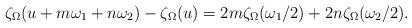
LaTeX: \begin{align*}\zeta _\Omega (u+m\omega _1+n\omega _2) - \zeta _\Omega (u)=2m\zeta _\Omega (\omega _1/2)+2n\zeta _\Omega (\omega _2/2).\end{align*}